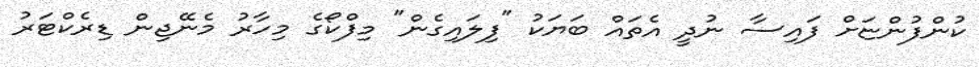
ކުންފުންޏަށް ފައިސާ ނުދީ އެތައް ބަޔަކު "ފިލައިގެން" މިފްކޯގެ މިހާރު މެނޭޖިން ޑިރެކްޓަރު